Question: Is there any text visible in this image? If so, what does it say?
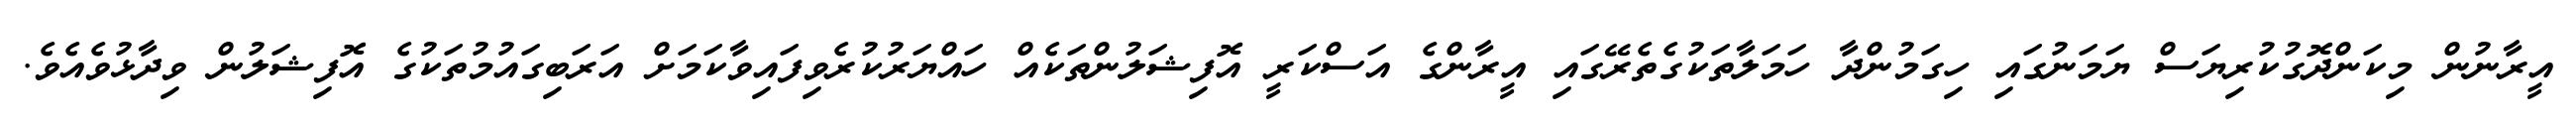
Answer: އީރާނުން މިކަންދޮގުކުރިޔަސް ޔަމަނުގައި ހިގަމުންދާ ހަމަލާތަކުގެތެރޭގައި އީރާންގެ އަސްކަރީ އޮފިޝަލުންތަކެއް ހައްޔަރުކުރެވިފައިވާކަމަށް އަރަބިގައުމުތަކުގެ އޮފިޝަލުން ވިދާޅުވެއެވެ.